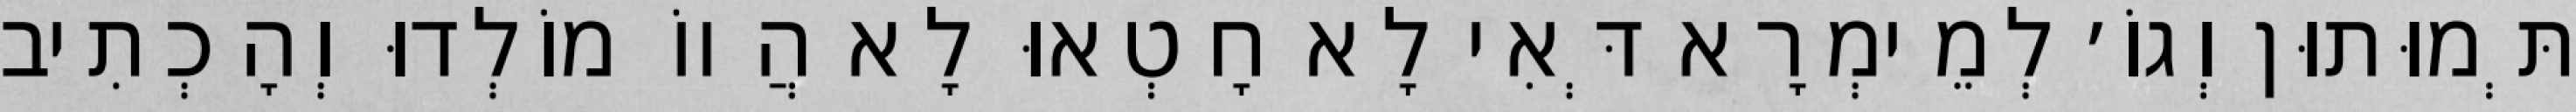
תְּמוּתוּן וְגוֹ׳ לְמֵימְרָא דְּאִי לָא חָטְאוּ לָא הֲווֹ מוֹלְדוּ וְהָכְתִיב